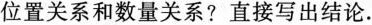
位置关系和数量关系?直接写出结论。